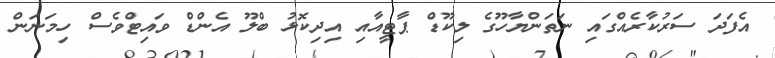
އެފަދަ ސަރުކާރެއްގައި ނަތަންޔާހޫގެ ލިކޫޑް ޕާޓީއާއި އިދިކޮޅު ބްލޫ އެންޑް ވައިޓްވެސް ހިމަނަން